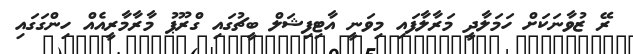
ރޭ ޒުވާނަކަށް ހަމަލާދީ މަރާލާފައި މިވަނީ އާޓިފިޝަލް ބީޗުގައި ގްރޫޕު މާރާމާރީއެއް ހިންގަގައި